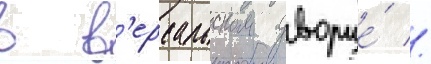
в в'ерсальском дворце́ //